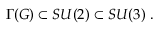
\Gamma ( G ) \subset S U ( 2 ) \subset S U ( 3 ) \ .